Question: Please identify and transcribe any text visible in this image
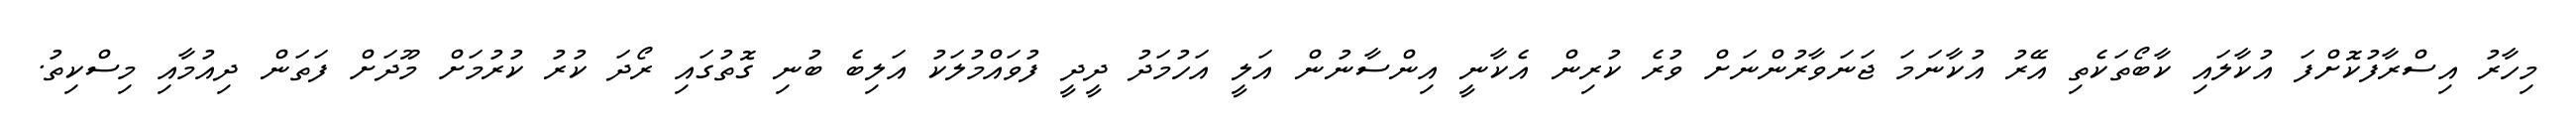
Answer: މިހާރު އިސްރާފުކޮށްފަ އުކާލައި ކާބޯތަކެތި އޭރު އުކާނަމަ ޖަނަވާރުންނަށް ވުރެ ކުރިން އެކާނީ އިންސާނުން އަލީ އަހުމަދު ދީދީ ފުވައްމުލަކު އަލިބެ ބުނި ގޮތުގައި ރޯދަ ކުރު ކުރުމަށް މޫދަށް ފަތަން ދިއުމާއި މިސްކިތު.